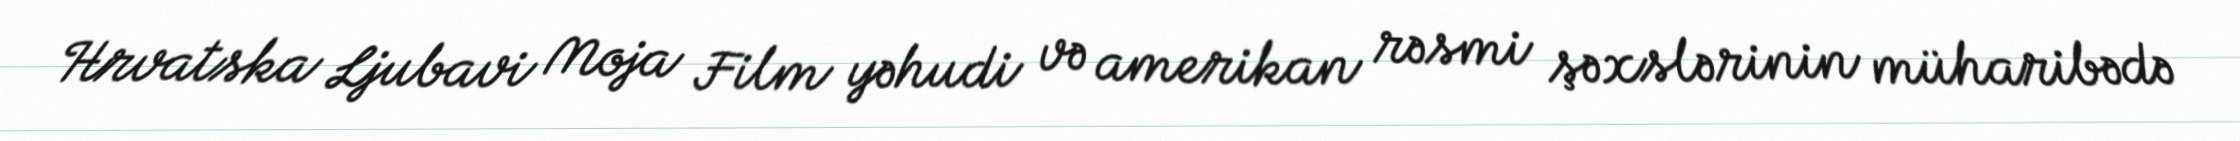
Hrvatska Ljubavi Moja Film yəhudi və amerikan rəsmi şəxslərinin müharibədə